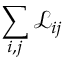
\sum _ { i , j } \mathcal { L } _ { i j }